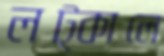
লট্‌কালে